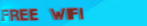
free wifi